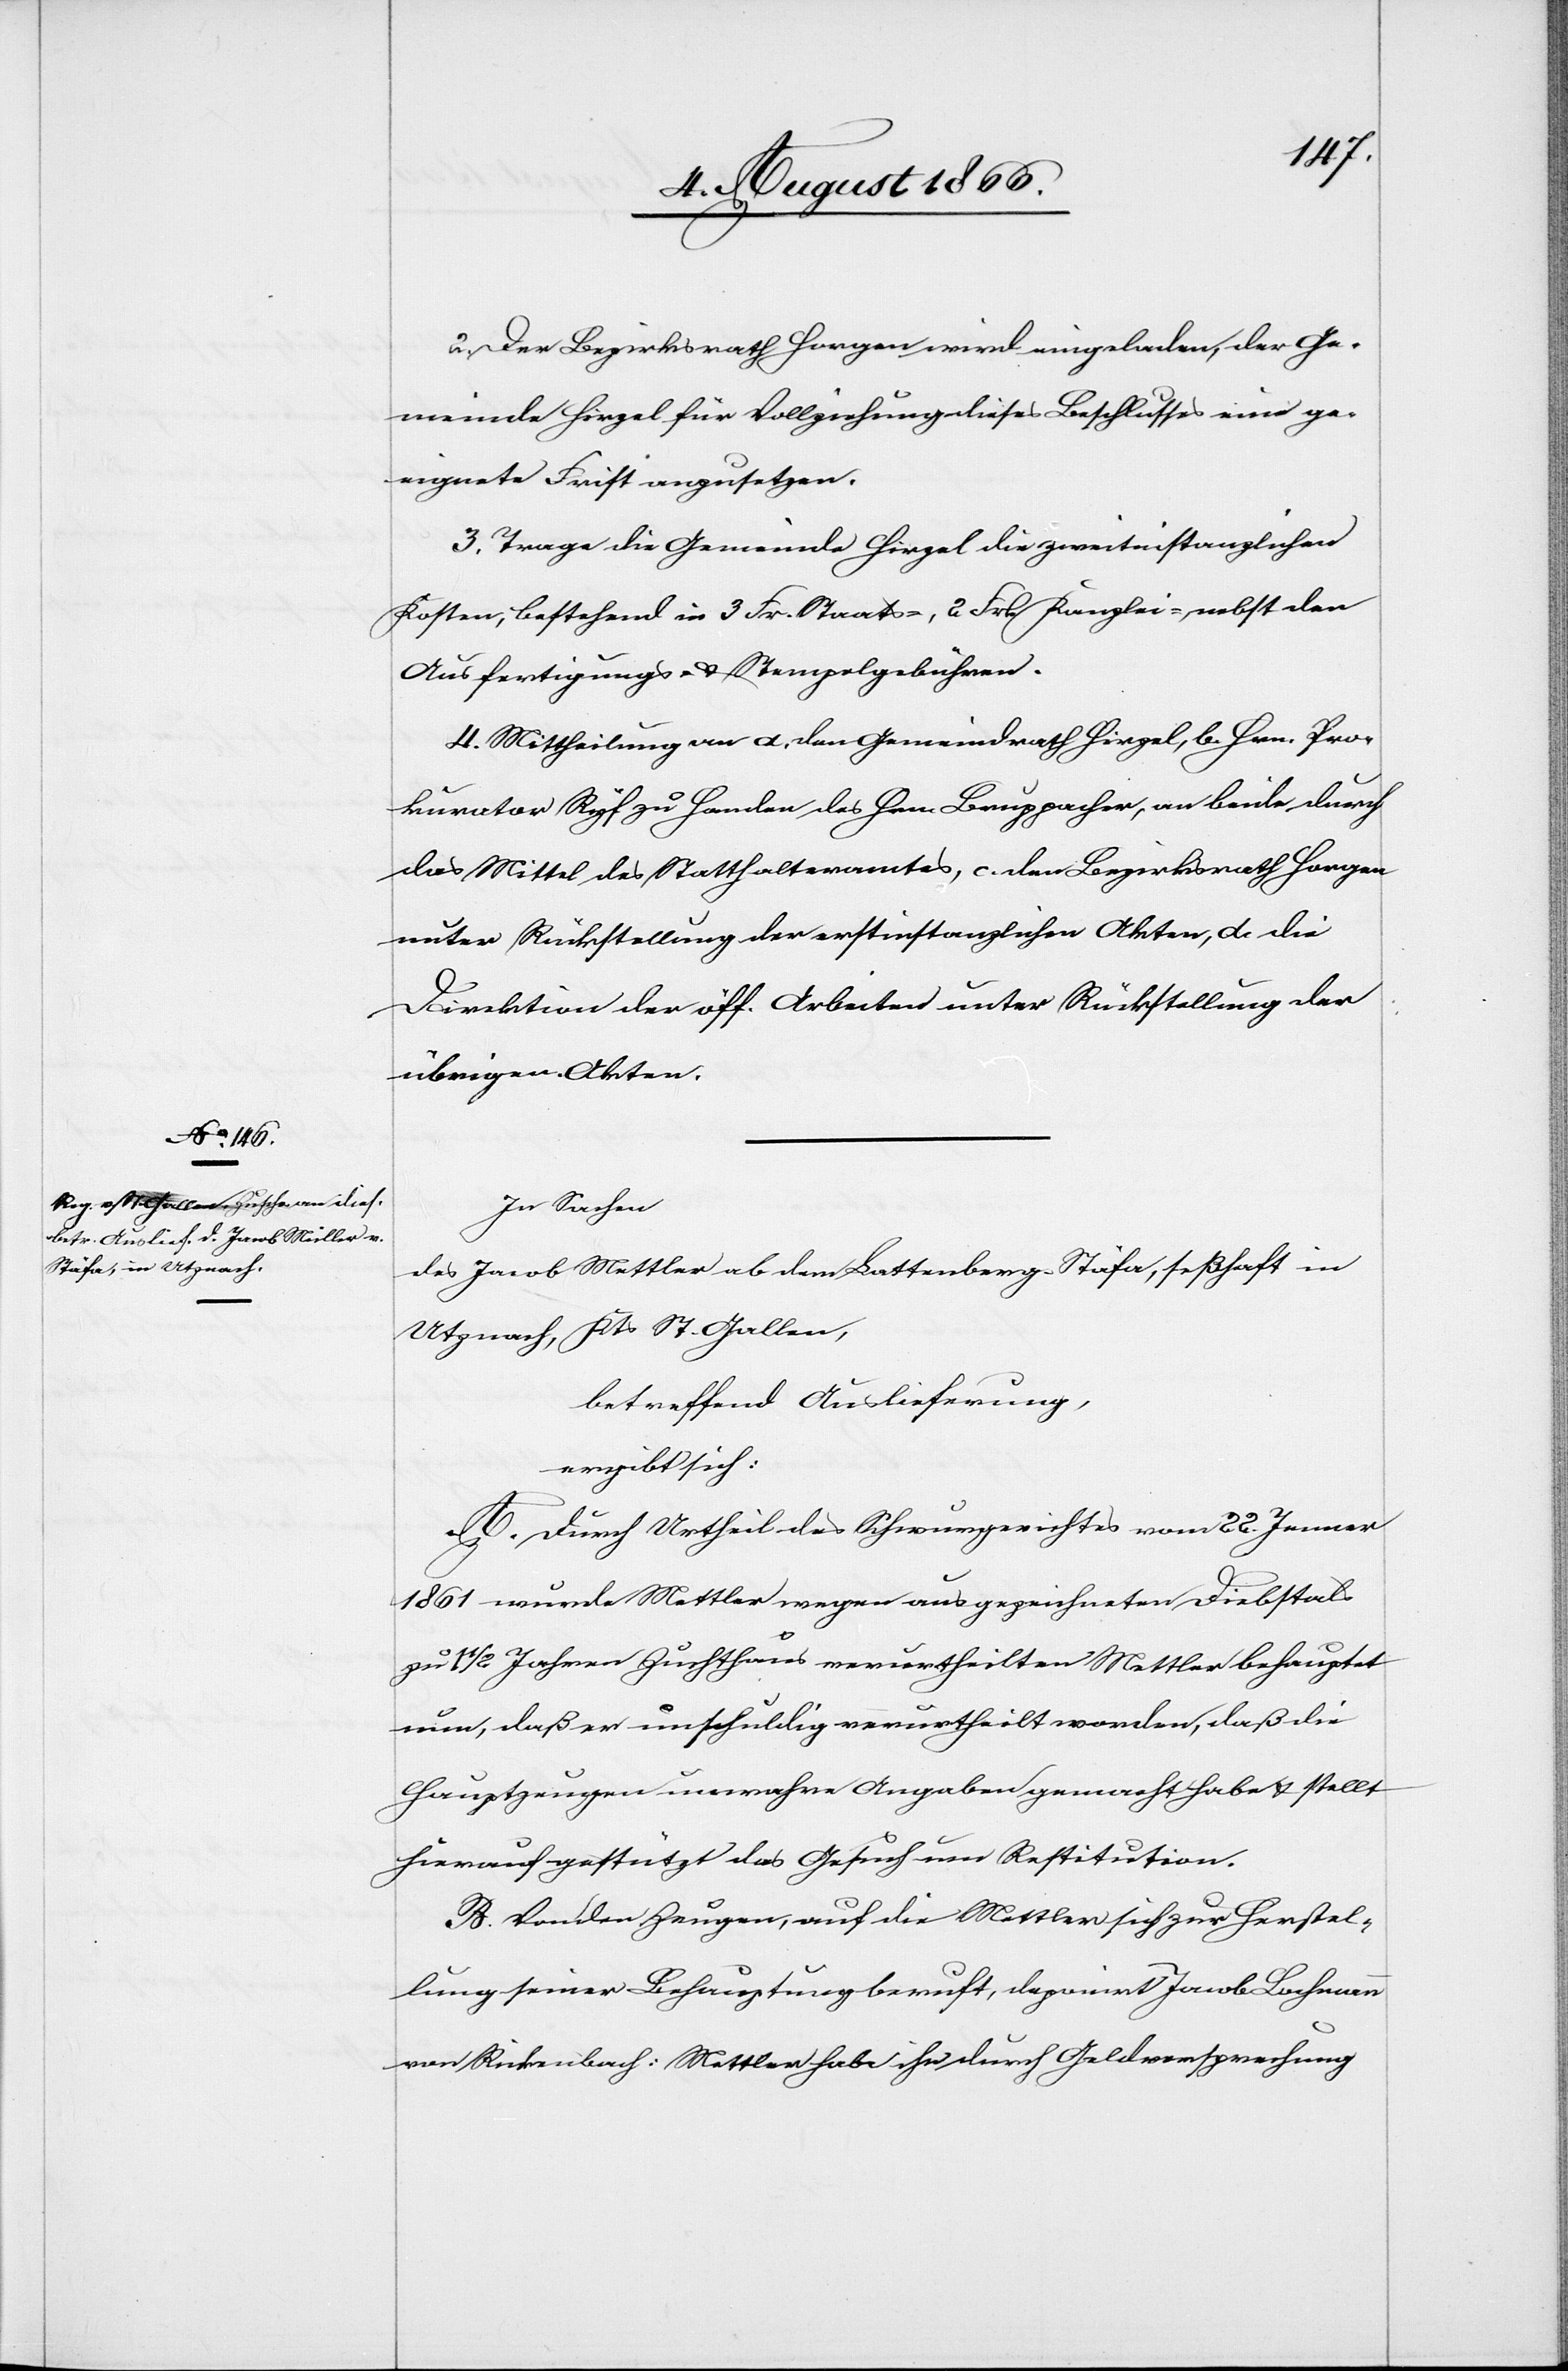
2. Der Bezirksrath Horgen wird eingeladen, der Ge¬
meinde Hirzel für Vollziehung dieses Beschlusses eine ge¬
eignete Frist anzusetzen.
3. Trage die Gemeinde Hirzel die zweitinstanzlichen
Kosten, bestehend in 3 Fr. Staats-[,] 2 Frk. Kanzlei-, nebst den
Ausfertigungs- u. Stempelgebühren.
4. Mittheilung an a. den Gemeindrath Hirzel, b. Hrn. Pro¬
kurator Ryf zu Handen des Hrn. Bruppacher, an beide durch
das Mittel des Statthalteramtes, c. den Bezirksrath Horgen
unter Rückstellung der erstinstanzlichen Akten, d. die
Direktion der öff. Arbeiten unter Rückstellung der
übrigen Akten.
In Sachen
des Jacob Mettler [sic!] ab dem Lattenberg-Stäfa, seßhaft in
Utznach, Kts. St. Gallen,
betreffend Auslieferung,
ergibt sich:
A. Durch Urtheil des Schwurgerichtes vom 22. Jenner
1861 wurde Mettler wegen ausgezeichneten Diebstal
zu 1 1/2 Jahren Zuchthaus verurtheilten [sic!][.] Mettler behauptet
nun, daß er unschuldig verurtheilt worden, daß die
Hauptzeugen unwahre Angaben gemacht habe[n] u. stellt
hierauf gestützt das Gesuch um Restitution.
B. Von den Zeugen, auf die Mettler sich zur Herstel¬
lung seiner Behauptung beruft, deponirt Jacob Bachmann
von Rickenbach: Mettler habe ihn durch Geldversprechung